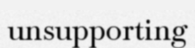
unsupporting